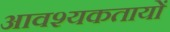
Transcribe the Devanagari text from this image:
आवश्यकतायों